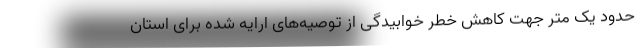
حدود یک متر جهت کاهش خطر خوابیدگی از توصیه‌های ارایه شده برای استان